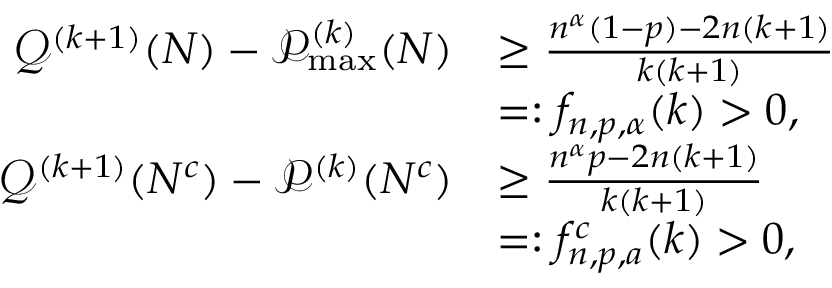
\begin{array} { r l } { \mathcal { Q } ^ { ( k + 1 ) } ( { \cal N } ) - \mathcal { P } _ { \operatorname* { m a x } } ^ { ( k ) } ( { \cal N } ) } & { \geq \frac { n ^ { \alpha } ( 1 - p ) - 2 n ( k + 1 ) } { k ( k + 1 ) } } \\ & { = : f _ { n , p , \alpha } ( k ) > 0 , } \\ { \mathcal { Q } ^ { ( k + 1 ) } ( { \cal N } ^ { c } ) - \mathcal { P } ^ { ( k ) } ( { \cal N } ^ { c } ) } & { \geq \frac { n ^ { \alpha } p - 2 n ( k + 1 ) } { k ( k + 1 ) } } \\ & { = : f _ { n , p , a } ^ { c } ( k ) > 0 , } \end{array}